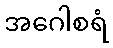
အဂေါစရံ